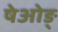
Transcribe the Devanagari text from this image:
षेओङ्